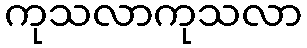
ကုသလာကုသလာ